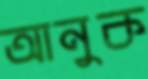
আনুক